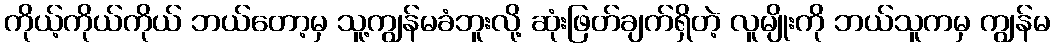
ကိုယ့်ကိုယ်ကိုယ် ဘယ်တော့မှ သူ့ကျွန်မခံဘူးလို့ ဆုံးဖြတ်ချက်ရှိတဲ့ လူမျိုးကို ဘယ်သူကမှ ကျွန်မ